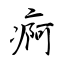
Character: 痾